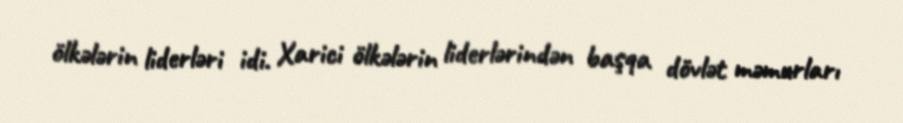
ölkələrin liderləri idi. Xarici ölkələrin liderlərindən başqa dövlət məmurları